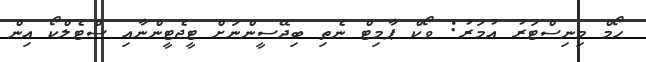
ހޯމް މިނިސްޓަރު އުމަރު: ވޯކް ޕާމިޓް ނެތި ބިދޭސީންނަށް ޓީޖެޓީންނާއި ސްޓެލްކޯ އިން